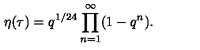
\eta ( \tau ) = q ^ { 1 / 2 4 } \prod _ { n = 1 } ^ { \infty } ( 1 - q ^ { n } ) .